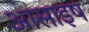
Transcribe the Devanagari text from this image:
आसाइष